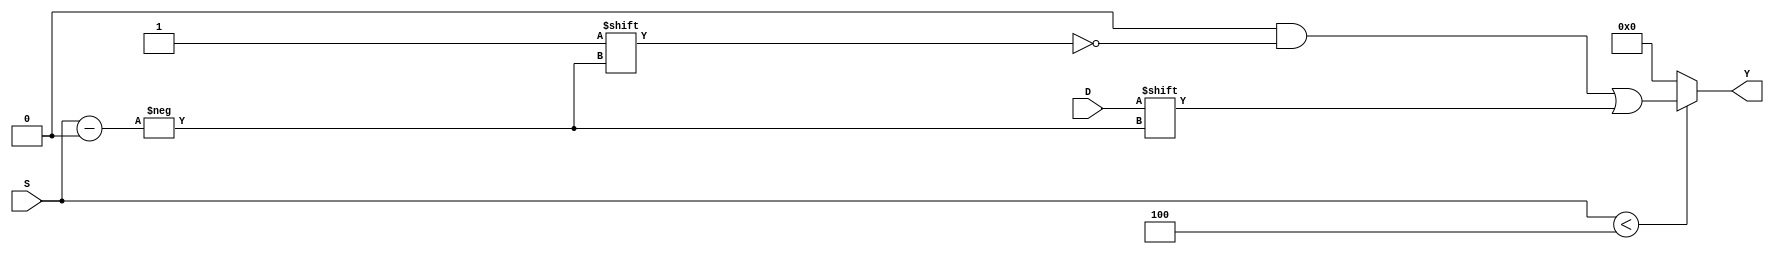
module ParameterizedDemux #(
    parameter N = 4  // Number of output lines (default is 4)
) (
    input wire D,                     // Data input
    input wire [$clog2(N)-1:0] S,    // Select lines
    output reg [N-1:0] Y              // Output lines
);

    always @(*) begin
        // Default all outputs to low
        Y = {N{1'b0}};
        
        // Check if the select lines are in valid range
        if (S < N) begin
            Y[S] = D;  // Route the data input to the selected output
        end
        // If S >= N, all outputs remain low as initialized
    end

endmodule